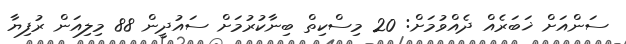
ސަންއަށް ޚަބަރެއް ދެއްވުމަށް: 20 މިސްކިތް ބިނާކުރުމަށް ސައުދީން 88 މިލިއަން ރުފިޔާ